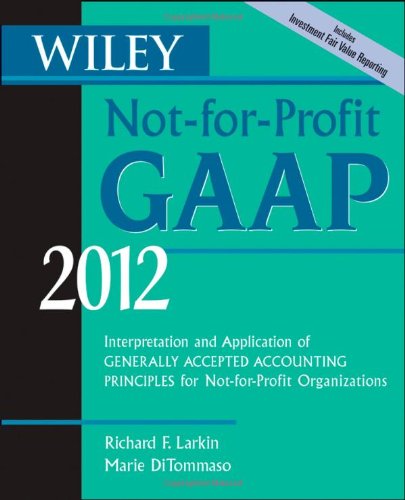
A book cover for Wiley Not-for-Profit GAAP 2012: Interpretation and Application of Generally Accepted Accounting Principles; Richard F. Larkin; Business & Money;